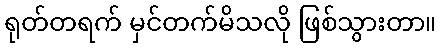
ရုတ်တရက် မှင်တက်မိသလို ဖြစ်သွားတာ။